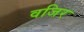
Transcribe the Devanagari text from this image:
वजिर